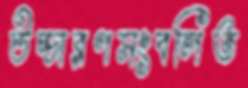
উচ্চারণসংবলিত